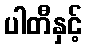
ပါတီနှင့်